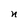
Character: n